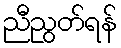
ညီညွတ်ရန်